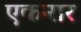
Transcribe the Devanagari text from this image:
एकनार